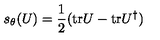
s _ { \theta } ( U ) = \frac { 1 } { 2 } ( \mathrm { t r } U - \mathrm { t r } U ^ { \dagger } )